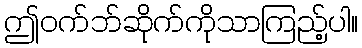
ဤဝက်ဘ်ဆိုက်ကိုသာကြည့်ပါ။